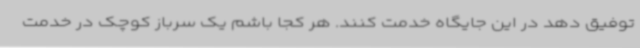
توفیق دهد در این جایگاه خدمت کنند. هر کجا باشم یک سرباز کوچک در خدمت